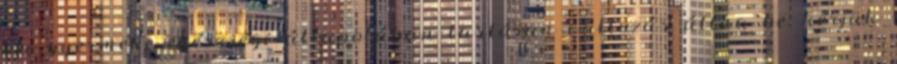
ha gyermeke egészségi állapotában tartósan változás állna be, kérjük